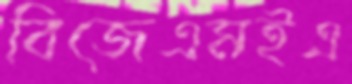
বিজেএমইএ